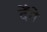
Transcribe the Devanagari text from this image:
देँगे